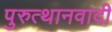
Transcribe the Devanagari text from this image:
पुरुत्थानवादी